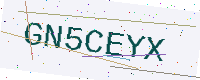
Text: GN5CEYX